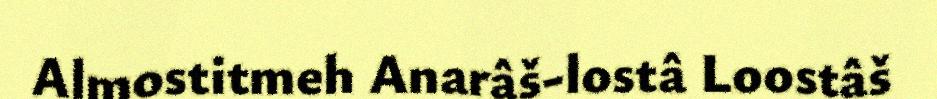
Almostitmeh Anarâš-lostâ Loostâš